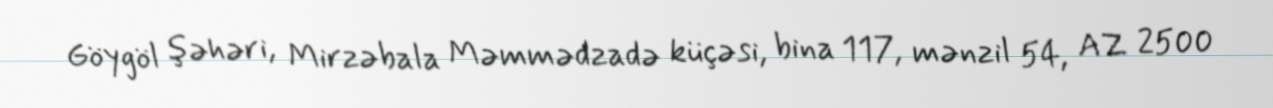
Göygöl şəhəri, Mirzəbala Məmmədzadə küçəsi, bina 117, mənzil 54, AZ 2500